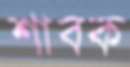
শাবক